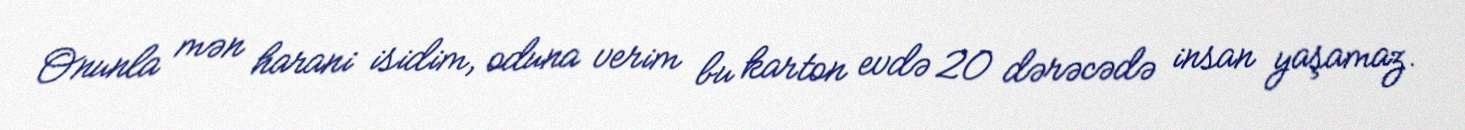
Onunla mən harani isidim, oduna verim bu karton evdə 20 dərəcədə insan yaşamaz.